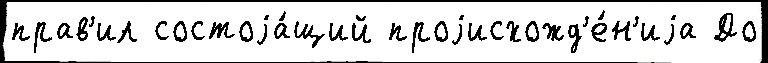
прав'ил состоjа́щий проjисхожд'е́н'иjа До